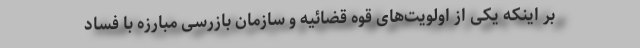
بر اینکه یکی از اولویت‌های قوه قضائیه و سازمان بازرسی مبارزه با فساد